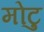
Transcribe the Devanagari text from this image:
मोटु